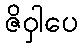
ဇိဝှါပေ